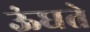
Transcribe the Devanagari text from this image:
ऊंघते